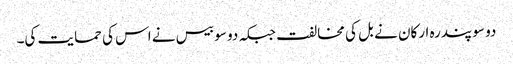
دو سو پندرہ ارکان نے بل کی مخالفت جبکہ دو سو بیس نے اس کی حمایت کی۔